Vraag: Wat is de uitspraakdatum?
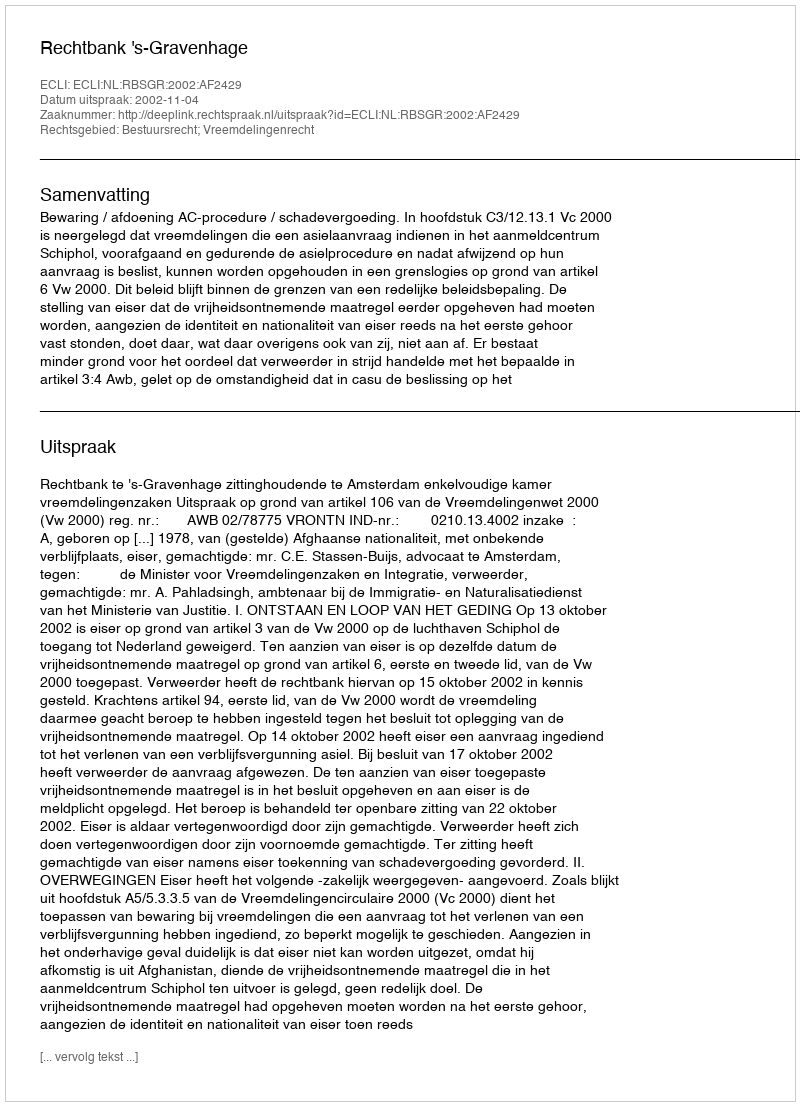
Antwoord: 2002-11-04